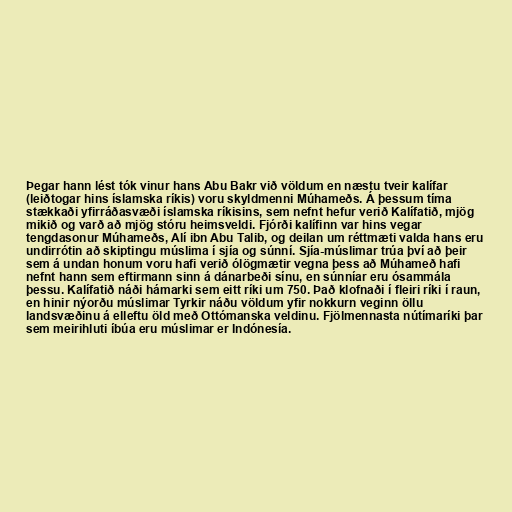
Þegar hann lést tók vinur hans Abu Bakr við völdum en næstu tveir kalífar
(leiðtogar hins íslamska ríkis) voru skyldmenni Múhameðs. Á þessum tíma
stækkaði yfirráðasvæði íslamska ríkisins, sem nefnt hefur verið Kalífatið, mjög
mikið og varð að mjög stóru heimsveldi. Fjórði kalífinn var hins vegar
tengdasonur Múhameðs, Alí ibn Abu Talib, og deilan um réttmæti valda hans eru
undirrótin að skiptingu múslima í sjía og súnní. Sjía-múslimar trúa því að þeir
sem á undan honum voru hafi verið ólögmætir vegna þess að Múhameð hafi
nefnt hann sem eftirmann sinn á dánarbeði sínu, en súnníar eru ósammála
þessu. Kalífatið náði hámarki sem eitt ríki um 750. Það klofnaði í fleiri ríki í raun,
en hinir nýorðu múslimar Tyrkir náðu völdum yfir nokkurn veginn öllu
landsvæðinu á elleftu öld með Ottómanska veldinu. Fjölmennasta nútímaríki þar
sem meirihluti íbúa eru múslimar er Indónesía.